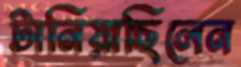
টানিয়াছিলেন